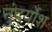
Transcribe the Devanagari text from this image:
नुंदर्योश